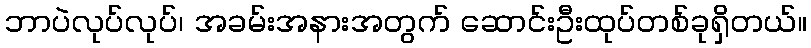
ဘာပဲလုပ်လုပ်၊ အခမ်းအနားအတွက် ဆောင်းဦးထုပ်တစ်ခုရှိတယ်။